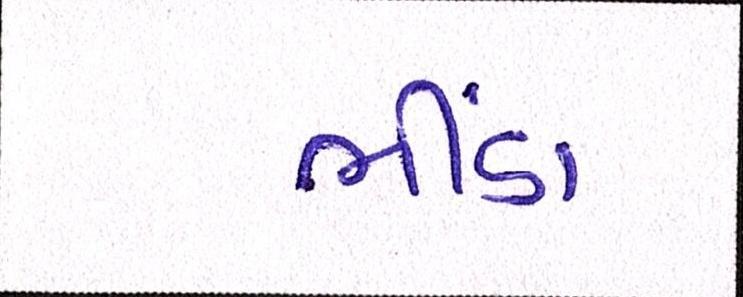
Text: ભીંડા